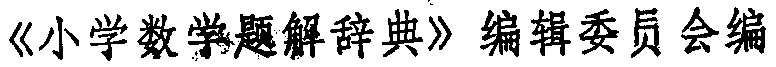
《小学数学题解辞典》编辑委员会编